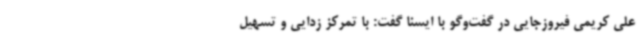
علی کریمی فیروزجایی در گفت‌وگو با ایسنا گفت: با تمرکز زدایی و تسهیل